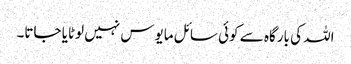
اللہ کی بارگاہ سے کوئی سائل مایوس نہیں لوٹایا جاتا۔